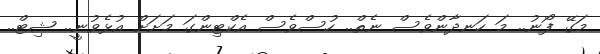
މަގޭ ފޯނު.. މަ ހަނދާންވެސް ނެތް.. ހުސްވެސް އެކްޓިންގަ މަށަށް އުޅެވުނީ.. ޝިޓް..